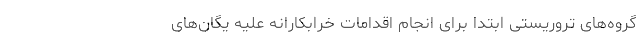
گروه‌های تروریستی ابتدا برای انجام اقدامات خرابکارانه علیه یگان‌های